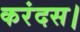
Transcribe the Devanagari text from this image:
करंदस।